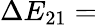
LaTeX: \Delta E_{21}=